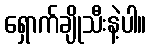
ရှောက်ချိုသီးနဲ့ပါ။